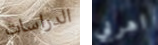
الدراسات اهربي